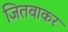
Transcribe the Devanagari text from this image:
जितवाकर